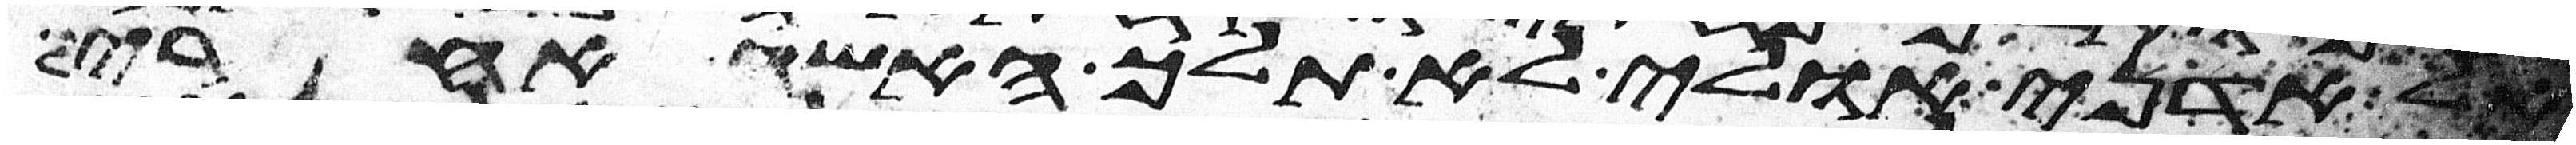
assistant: אל אדני אולי לא תלך האשה אחרי